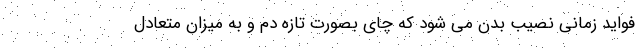
فواید زمانی نصیب بدن می شود که چای بصورت تازه دم و به میزان متعادل